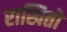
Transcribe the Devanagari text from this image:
राखितो